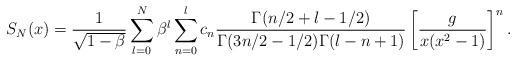
LaTeX: \begin{align*}S_N(x)={1\over\sqrt{1-\beta}} \sum_{l=0}^N\beta^l\sum_{n=0}^lc_n {\Gamma(n/2+l-1/2)\over\Gamma(3n/2-1/2)\Gamma(l-n+1)} \left[{g\over x(x^2-1)}\right]^n.\end{align*}